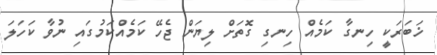
ޚަބަރަކީ ހިނގާ ކަމެއް ހިނގި ގޮތަށް ލިޔަން ޖެހޭ ކަމެއްކަމުގައި ނުވާ ކަހަލަ